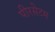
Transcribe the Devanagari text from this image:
पीरसेटम